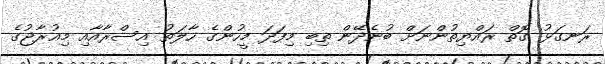
ރަނގަޅު ގޮތް ރައްޔިތުންނަށް ބުނެދޭން ތިބި މިފަދަ މީހުންގެ ހާލަތު އިސްރާއާއި މިއުރާޖުގެ